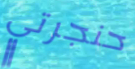
حنجرتي